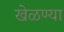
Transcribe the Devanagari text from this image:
खेळण्या